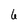
Character: 6